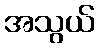
အသွယ်